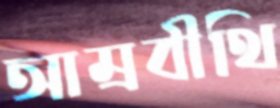
আম্রবীথি